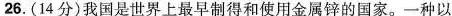
26.(14分)我国是世界上最早制得和使用金属锌的国家。一种以